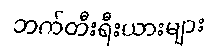
ဘက်တီးရီးယားများ